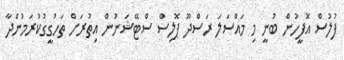
ފުލުސް އޮފީހުން ބުނީ މި މައްސަލަ ރަސްދޫ ޕޮލިސް ސްޓޭޝަނުން އިތުރަށް ތަހުގީގުކުރަމުންދާ